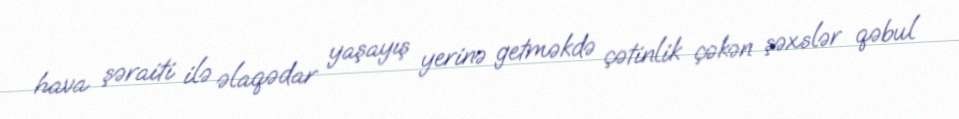
hava şəraiti ilə əlaqədar yaşayış yerinə getməkdə çətinlik çəkən şəxslər qəbul